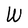
Character: W